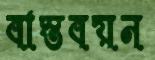
বাস্তবয়ন